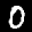
Label: 0